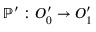
\mathbb { P } ^ { \prime } : O _ { 0 } ^ { \prime } \to O _ { 1 } ^ { \prime }